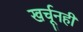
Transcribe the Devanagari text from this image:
खर्चूनही